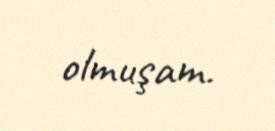
olmuşam.